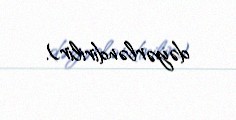
dəyərləndirilir).